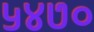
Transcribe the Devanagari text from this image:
५४७०